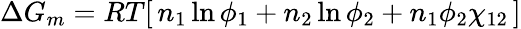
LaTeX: \Delta G_{m}=RT[\, n_{1}\ln\phi_{1}+n_{2}\ln\phi_{2}+n_{1}\phi_{2}\chi_{12}\, ]